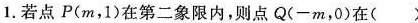
1.若点P(m,1)在第二象限内，则点Q(-m,0)在()